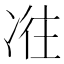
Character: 𠗤